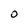
Character: O